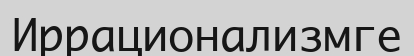
Иррационализмге